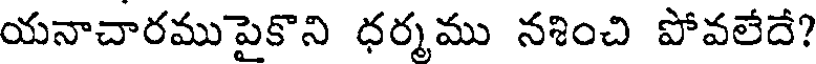
యనాచారముపైకొని ధర్మము నశించి పోవలేదే?